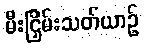
မီးငြှိမ်းသတ်ယာဉ်